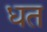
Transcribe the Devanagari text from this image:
धत